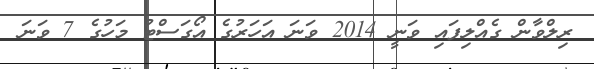
ރިލްވާން ގެއްލިފައި ވަނީ 2014 ވަނަ އަހަރުގެ އޯގަސްޓު މަހުގެ 7 ވަނަ